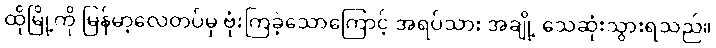
ထိုမြို့ကို မြန်မာ့လေတပ်မှ ဗုံးကြဲခဲ့သောကြောင့် အရပ်သား အချို့ သေဆုံးသွားရသည်။